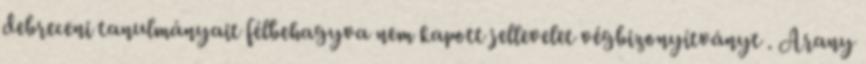
debreceni tanulmányait félbehagyva nem kapott jellevelet végbizonyítványt . Arany